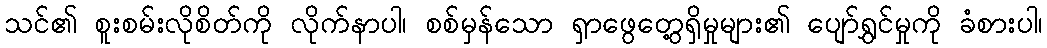
သင်၏ စူးစမ်းလိုစိတ်ကို လိုက်နာပါ၊ စစ်မှန်သော ရှာဖွေတွေ့ရှိမှုများ၏ ပျော်ရွှင်မှုကို ခံစားပါ၊